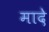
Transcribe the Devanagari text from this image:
मादे